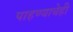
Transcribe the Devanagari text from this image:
पाहण्याचेही